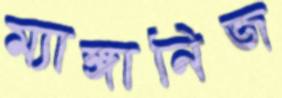
ম্যাঙ্গানিজ